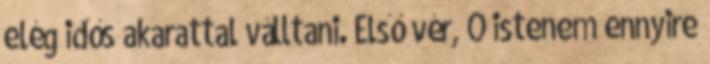
elég idős akarattal válltani. Első vér, Ó istenem ennyire